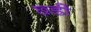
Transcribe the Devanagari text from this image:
छ्डी